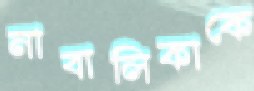
নাবালিকাকে